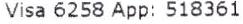
VISA 6258 APP: 518361